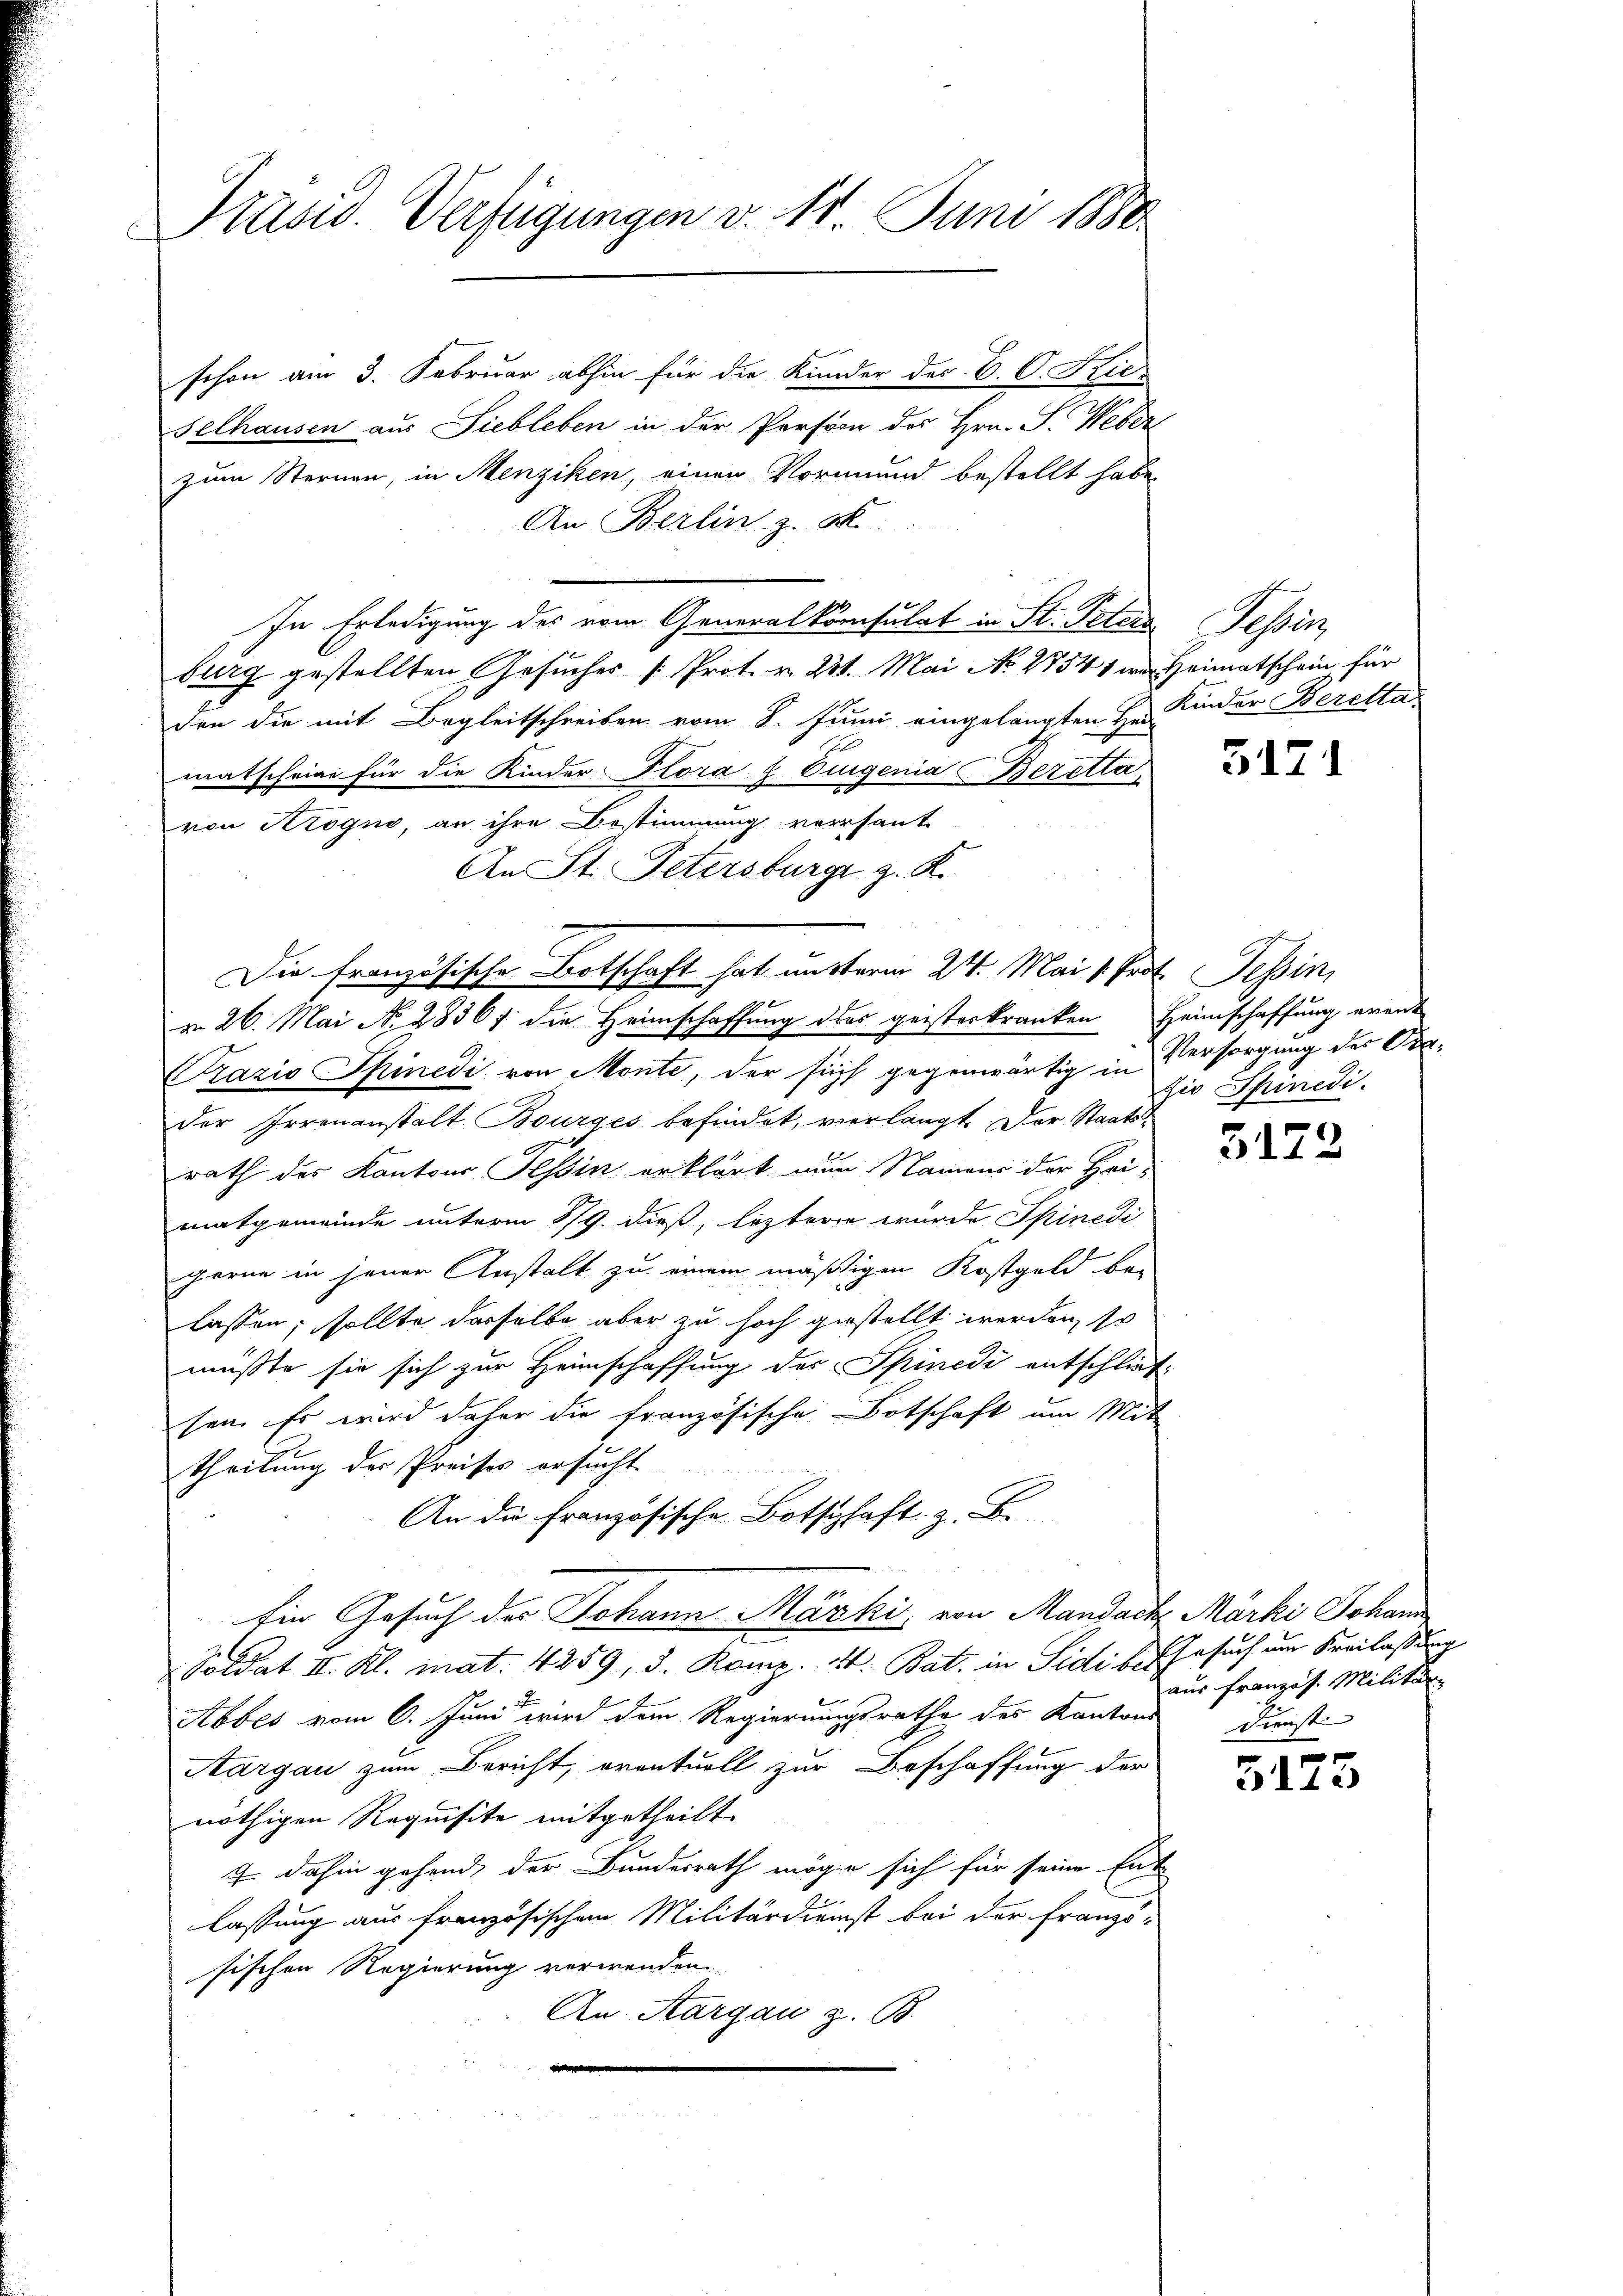
Präsid. Verfügungen v. 11. Juni 1880

schon am 3. Februar abhin für die Kinder des C. C. Kil
Selhausen aus Siebleben in der Person des Hrn. S. Weber,
zum Sternen, in Menziken, einen Vormund bestellt habe
An Berlin z. S.
In Erledigung des vom Generalkonsulat in St. Peters Tessin,
burg gestellten Gesuches Prot. v. 231. Mai No 27541 war Heimatschein für
den die mit Begleitschreiben vom 8. Juni eingelangten Hr. Kinder Beretta
matscheine für die Kinder Flora & Eigenia Beretta
von Arogno, an ihre Bestimmung versant
An St. Petersburg z. R.
Prazio Spinedi, von Monte, der sich gegenwärtig in Versorgung der Dis-
Der Irrenanstalt. Bourges befindet, verlangt. Der Staats-
rath der Kantons Tessin erklärt nun Namens der Heimatgemeinde unterm 879. dieß, leztere wurde Spinedi
gerne in jener Anstalt zu einem mäßigen Kostgeld be-
lassen; sollte dasselbe aber zu hoch gestellt werden, so
müßte sie sich zur Heimschaffung des Spinedi entschließ
sen. Es wird daher die französische Botschaft um Mit
theilung der Preises ersucht.
An die Französische Botschaft z. B.
Ein Gesuch der Johann Marki, von Mandach Märki Johann
Soldat II. Kl. mat. 4259, 3. Komp. St. Bat. in Sidi bis Gesuch um Freilassung
2
Abbes vom 6. Juni wird dem Regierungsrathe des Kantons
Aargau zum Bericht, eventuell zur Beschaffung der
nöthigen Requisite mitgetheilt.
7 dahin gehend der Bundesrath möge sich für seine Entn
lassung aus französischem Militärdienst bei der Französischen Regierung verwenden.
An Aargau z. B.
ii

Die französische Botschaft hat unsterm 24. Mai v. Prot. Tessin,
vn 26. Mai No. 28367. die Heimschaffung des geisterkranken Heimschaffung erant

5171

gio Spinedi

5172

aus Französ. Militär
Dienste |

3123